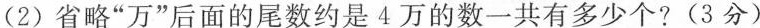
(2)省略”万”后面的尾数约是4万的数一共有多少个?(3分)